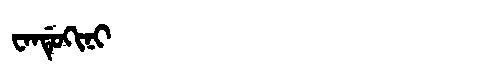
Manchu: ᠸᠠᠨᡩᡠᡴᡳᠨᡳ
Romanization: WANDUKINI